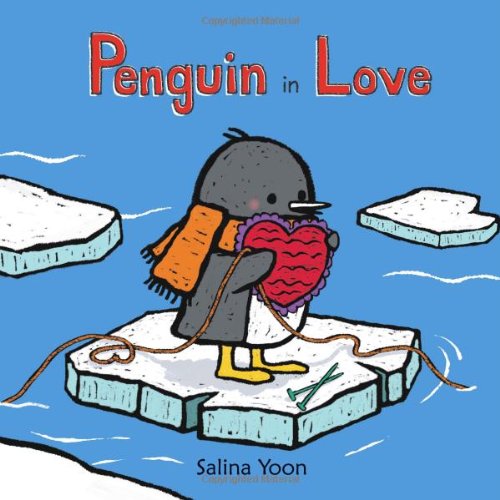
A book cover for Penguin in Love; Salina Yoon; Children's Books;